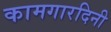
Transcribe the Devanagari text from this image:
कामगारदिनी